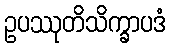
ဥပဿုတိသိက္ခာပဒံ